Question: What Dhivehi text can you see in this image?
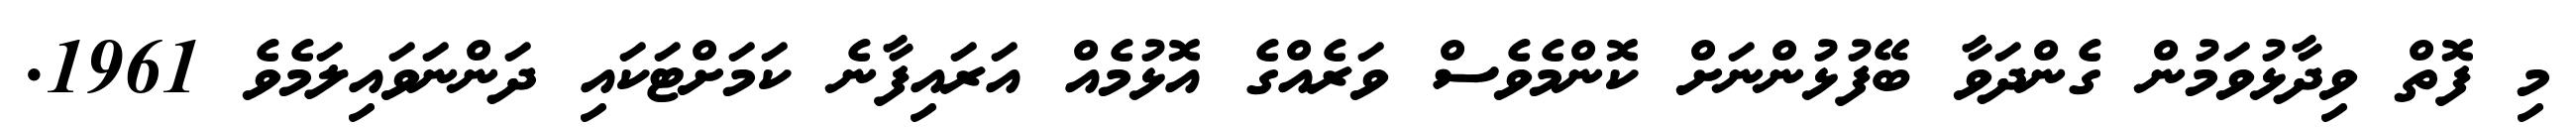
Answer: މި ފޮތް ވިދާޅުވަމުން ގެންދަވާ ބޭފުޅުންނަށް ކޮންމެވެސް ވަރެއްގެ އޮޅުމެއް އަރައިފާނެ ކަމަށްޓަކައި ދަންނަވައިލަމެވެ 1961.